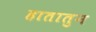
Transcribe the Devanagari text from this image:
हातातुन